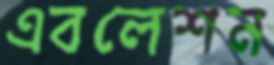
এবলেশন